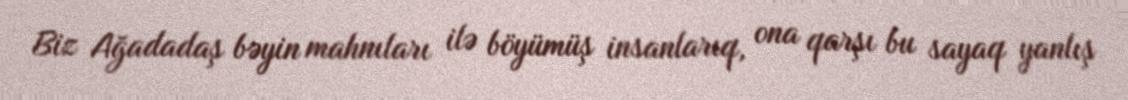
Biz Ağadadaş bəyin mahnıları ilə böyümüş insanlarıq, ona qarşı bu sayaq yanlış